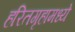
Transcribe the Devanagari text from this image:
हरितगृहामध्ये